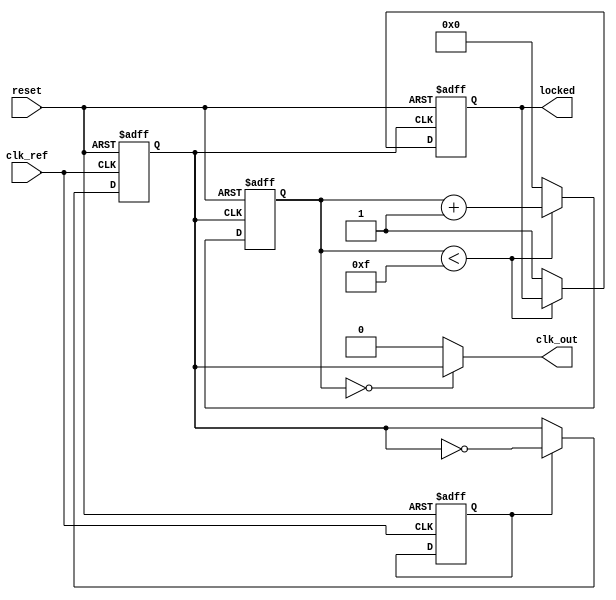
module dual_loop_pll (
    input wire clk_ref,           // Reference clock input
    input wire reset,             // Asynchronous reset
    output wire clk_out,          // Output clock
    output wire locked            // Lock indicator
);

    // Parameters for the PLL
    parameter integer DIV_FACTOR_INNER = 4; // Inner loop divider factor
    parameter integer DIV_FACTOR_OUTER = 16; // Outer loop divider factor

    // Internal signals
    wire phase_error_inner;      // Phase error for inner loop
    wire phase_error_outer;      // Phase error for outer loop
    wire control_voltage_inner;   // Control voltage for inner loop VCO
    wire control_voltage_outer;   // Control voltage for outer loop VCO
    wire vco_output;              // VCO output clock
    reg [3:0] counter_inner;      // Inner counter for phase detection
    reg [3:0] counter_outer;      // Outer counter for frequency detection
    reg vco_en;                   // VCO enable signal
    reg locked_reg;               // Lock status register

    // Phase Detector (Inner Loop)
    always @(posedge clk_ref or posedge reset) begin
        if (reset) begin
            counter_inner <= 0;
        end else begin
            // Simple phase error detection logic
            // Compare reference clock with divided VCO output
            if (counter_inner < DIV_FACTOR_INNER)
                counter_inner <= counter_inner + 1;
            else
                counter_inner <= 0;
        end
    end

    // Loop Filter (Inner Loop)
    always @(posedge clk_ref or posedge reset) begin
        if (reset) begin
            control_voltage_inner <= 0;
        end else begin
            // Simple low-pass filter implementation
            control_voltage_inner <= control_voltage_inner + (phase_error_inner - control_voltage_inner) >> 1; // First-order filter
        end
    end

    // Voltage-Controlled Oscillator (VCO)
    always @(posedge clk_ref or posedge reset) begin
        if (reset) begin
            vco_en <= 0;
            vco_output <= 0;
        end else begin
            // Control VCO output frequency with control voltage
            if (vco_en) begin
                vco_output <= ~vco_output; // Toggle output
            end
        end
    end

    // Frequency Divider (Outer Loop)
    reg [3:0] divider_outer;
    always @(posedge vco_output or posedge reset) begin
        if (reset) begin
            divider_outer <= 0;
            locked_reg <= 0;
        end else begin
            if (divider_outer < DIV_FACTOR_OUTER - 1) begin
                divider_outer <= divider_outer + 1;
            end else begin
                divider_outer <= 0;
                locked_reg <= 1; // Indicate lock status
            end
        end
    end

    // Generate output clock
    assign clk_out = (divider_outer == 0) ? vco_output : 1'b0; // Output clock from outer loop
    assign locked = locked_reg;

endmodule